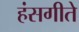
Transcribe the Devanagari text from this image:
हंसगीते